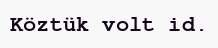
Köztük volt id.